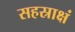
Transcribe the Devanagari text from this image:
सहस्राक्षं